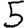
Digit: 5